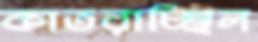
কাতরাচ্ছিল